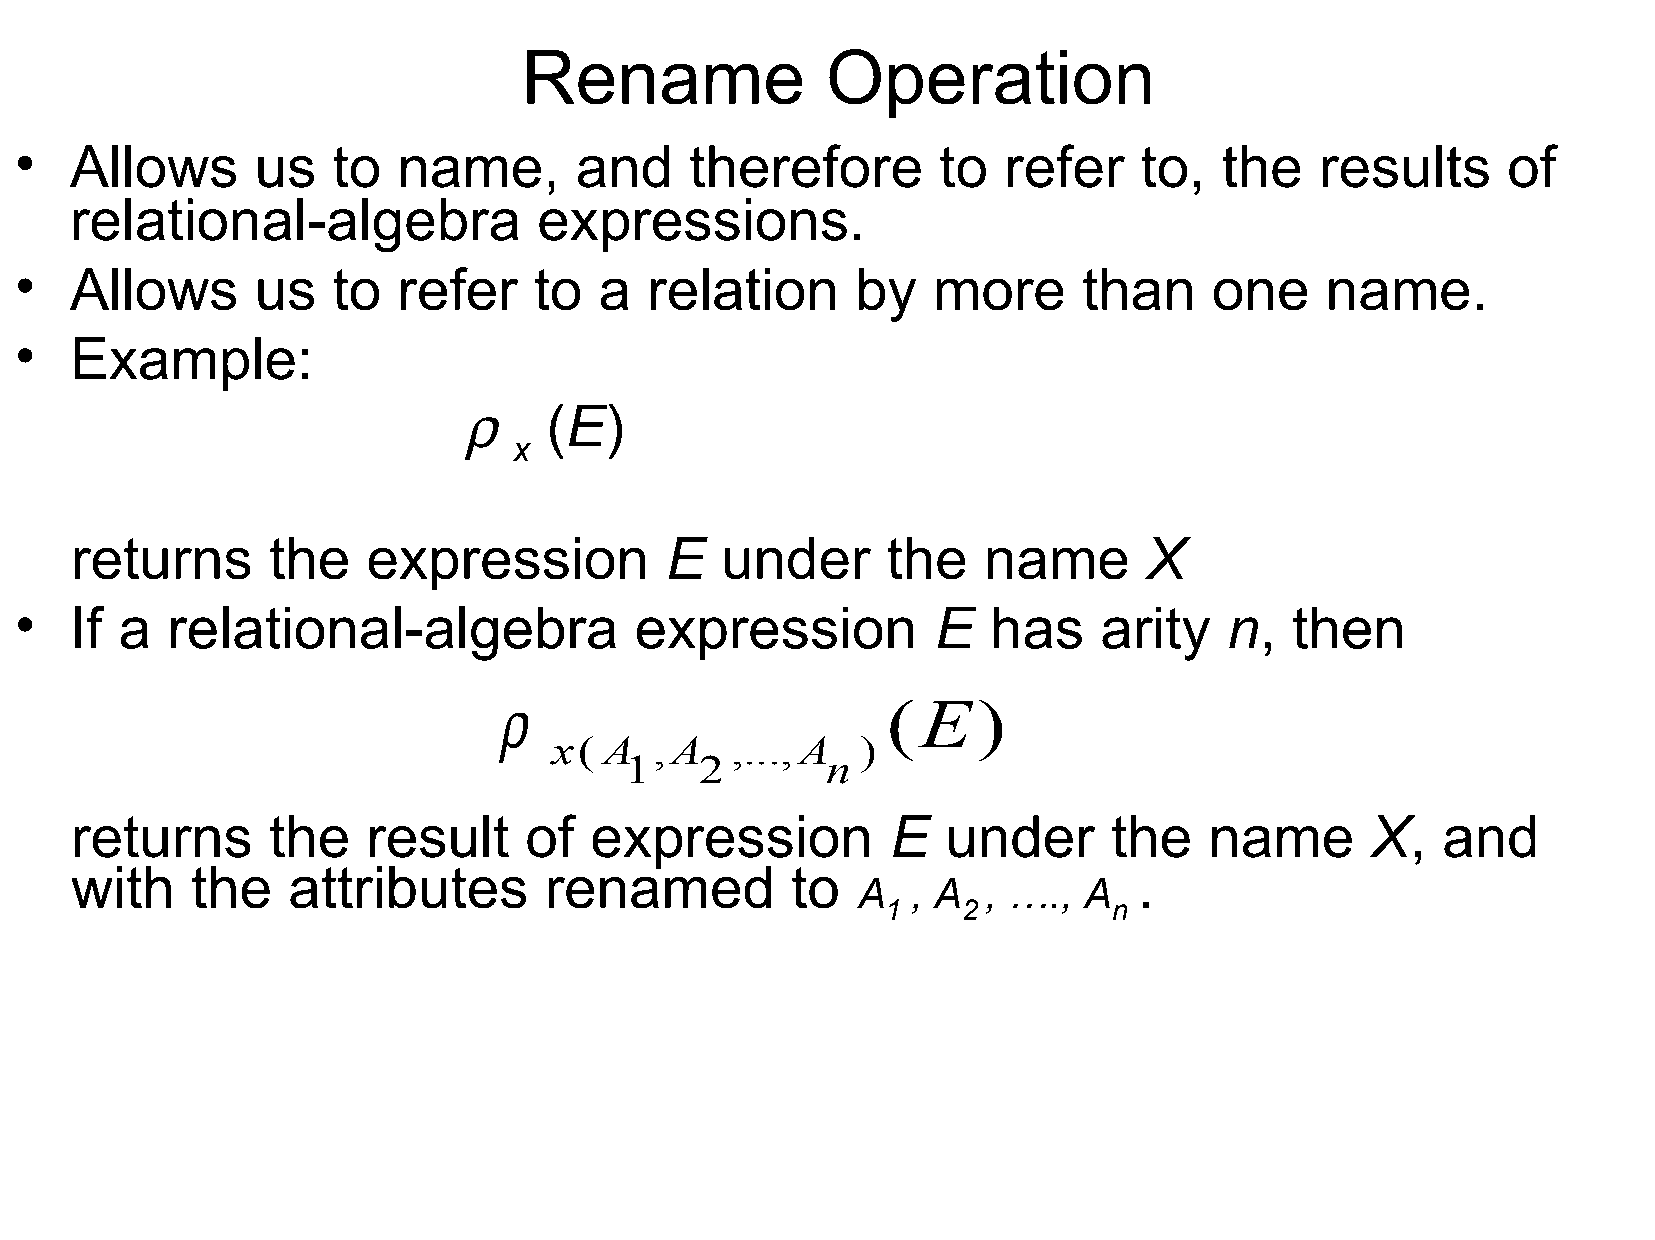
Rename              Operation
 •   Allows      us   to  name,       and     therefore       to  refer    to,   the   results      of
 relational-algebra             expressions.
 •   Allows      us   to  refer    to   a  relation      by   more      than    one     name.
 •   Example:
 r
 (E)
 x
 returns      the   expression          E   under      the   name       X
 •   If a  relational-algebra             expression          E   has    arity   n,   then
 r
 (E)
 x( A  ,A   ,...,A   )
 1    2        n
 returns      the   result     of  expression          E   under      the   name       X,  and
 with    the   attributes       renamed         to                     .
 A  , A  , ….,  A
 1    2         n